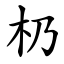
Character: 㭁